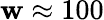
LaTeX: \mathbf{w}\approx100